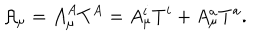
{ \cal A } _ { \mu } = { \cal A } _ { \mu } ^ { A } T ^ { A } = A _ { \mu } ^ { i } T ^ { i } + A _ { \mu } ^ { a } T ^ { a } .